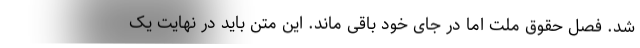
شد. فصل حقوق ملت اما در جای خود باقی ماند. این متن باید در نهایت یک